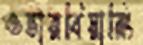
ওভারবিয়ারিং